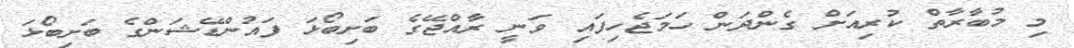
މި މުބާރާތް ކުރިއަށް ގެންދަން ހަމަޖެހިފައި ވަނީ ރާއްޖޭގެ ބަށިބޯޅަ ފައުންޑޭޝަންގެ ބަށިބޯޅަ